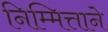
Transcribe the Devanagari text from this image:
निम्मित्ताने